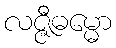
လဇ္ဇီဓမ္မော